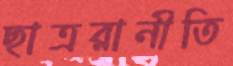
ছাত্ররানীতি